Report of an investigation of the epidemic of malarial fever in Assam, or, kala-azar
Disease focus: Malaria
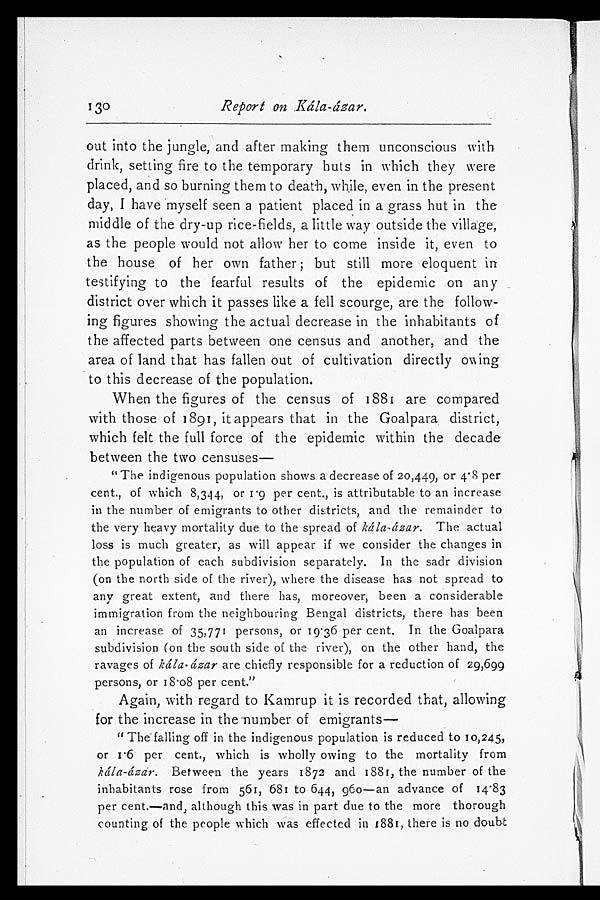
130
Report on Kála-ázar.
out into the jungle, and after making them unconscious with
drink, setting fire to the temporary huts in which they were
placed, and so burning them to death, while, even in the present
day, I have myself seen a patient placed in a grass hut in the
middle of the dry-up rice-fields, a little way outside the village,
as the people would not allow her to come inside it, even to
the house of her own father; but still more eloquent in
testifying to the fearful results of the epidemic on any
district over which it passes like a fell scourge, are the follow
-ing figures showing the actual decrease in the inhabitants of
the affected parts between one census and another, and the
area of land that has fallen out of cultivation directly owing
to this decrease of the population.
When the figures of the census of 1881 are compared
with those of 1891, it appears that in the Goalpara district,
which felt the full force of the epidemic within the decade
between the two censuses
—
"The indigenous population shows a decrease of 20,449, or 4.8 per
cent., of which 8,344, or 1.9 per cent., is attributable to an increase
in the number of emigrants to other districts, and the remainder to
the very heavy mortality due to the spread of kála-ázar. The actual
loss is much greater, as will appear if we consider the changes in
the population of each subdivision separately. In the sadr division
(on the north side of the river), where the disease has not spread to
any great extent, and there has, moreover, been a considerable
immigration from the neighbouring Bengal districts, there has been
an increase of 35,771 persons, or 19.36 per cent. In the Goalpara
subdivision (on the south side of the river), on the other hand, the
ravages of kála-ázar are chiefly responsible for a reduction of 29,699
persons, or 18.08 per cent."
Again, with regard to Kamrup it is recorded that, allowing
for the increase in the number of emigrants
—
"The falling off in the indigenous population is reduced to 10,245,
or 1.6 per cent., which is wholly owing to the mortality from
kála-ázar. Between the years 1872 and 1881, the number of the
inhabitants rose from 561, 681 to 644, 960—an advance of 14.83
per cent.—and, although this was in part due to the more thorough
counting of the people which was effected in 1881, there is no doubt